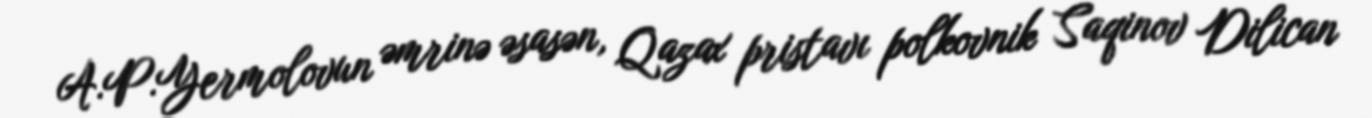
A.P.Yermolovun əmrinə əsasən, Qazax pristavı polkovnik Saqinov Dilican